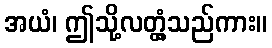
အယံ၊ ဤသို့လတ္တံ့သည်ကား။